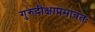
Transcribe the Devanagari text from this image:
गुरुदीक्षाप्रभावतः